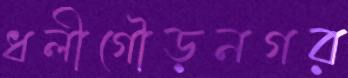
ধলীগৌড়নগর